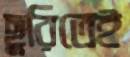
ছুরিতেই